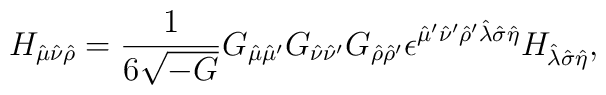
H_{\hat\mu \hat\nu \hat\rho} = {1\over 6\sqrt{-G}} G_{\hat\mu \hat\mu'}G_{\hat\nu \hat\nu'} G_{\hat\rho \hat\rho'} \epsilon^{\hat\mu' \hat\nu'\hat\rho' \hat\lambda \hat\sigma \hat\eta} H_{\hat\lambda \hat\sigma \hat\eta},